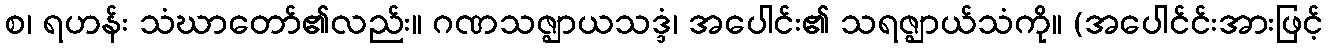
စ၊ ရဟန်း သံဃာတော်၏လည်း။ ဂဏသဇ္ဈာယသဒ္ဒံ၊ အပေါင်း၏ သရဇ္ဈာယ်သံကို။ (အပေါင်င်းအားဖြင့်